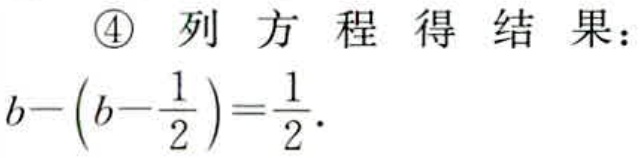
\[
b - \left(b - \frac{1}{2}\right) = \frac{1}{2}.
\]